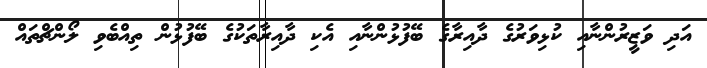
އަދި ވަޒީރުންނާއި ކުޅިވަރުގެ ދާއިރާގެ ބޭފުޅުންނާއި އެެކި ދާއިރާތަކުގެ ބޭފުޅުން ތިއްބެވި ލޯންޗްތައް